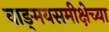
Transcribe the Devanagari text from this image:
वाङ्‌मयसमीक्षेच्या